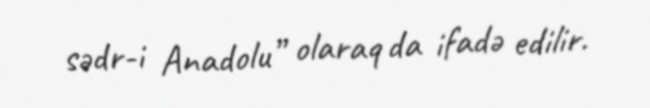
sədr-i Anadolu” olaraq da ifadə edilir.